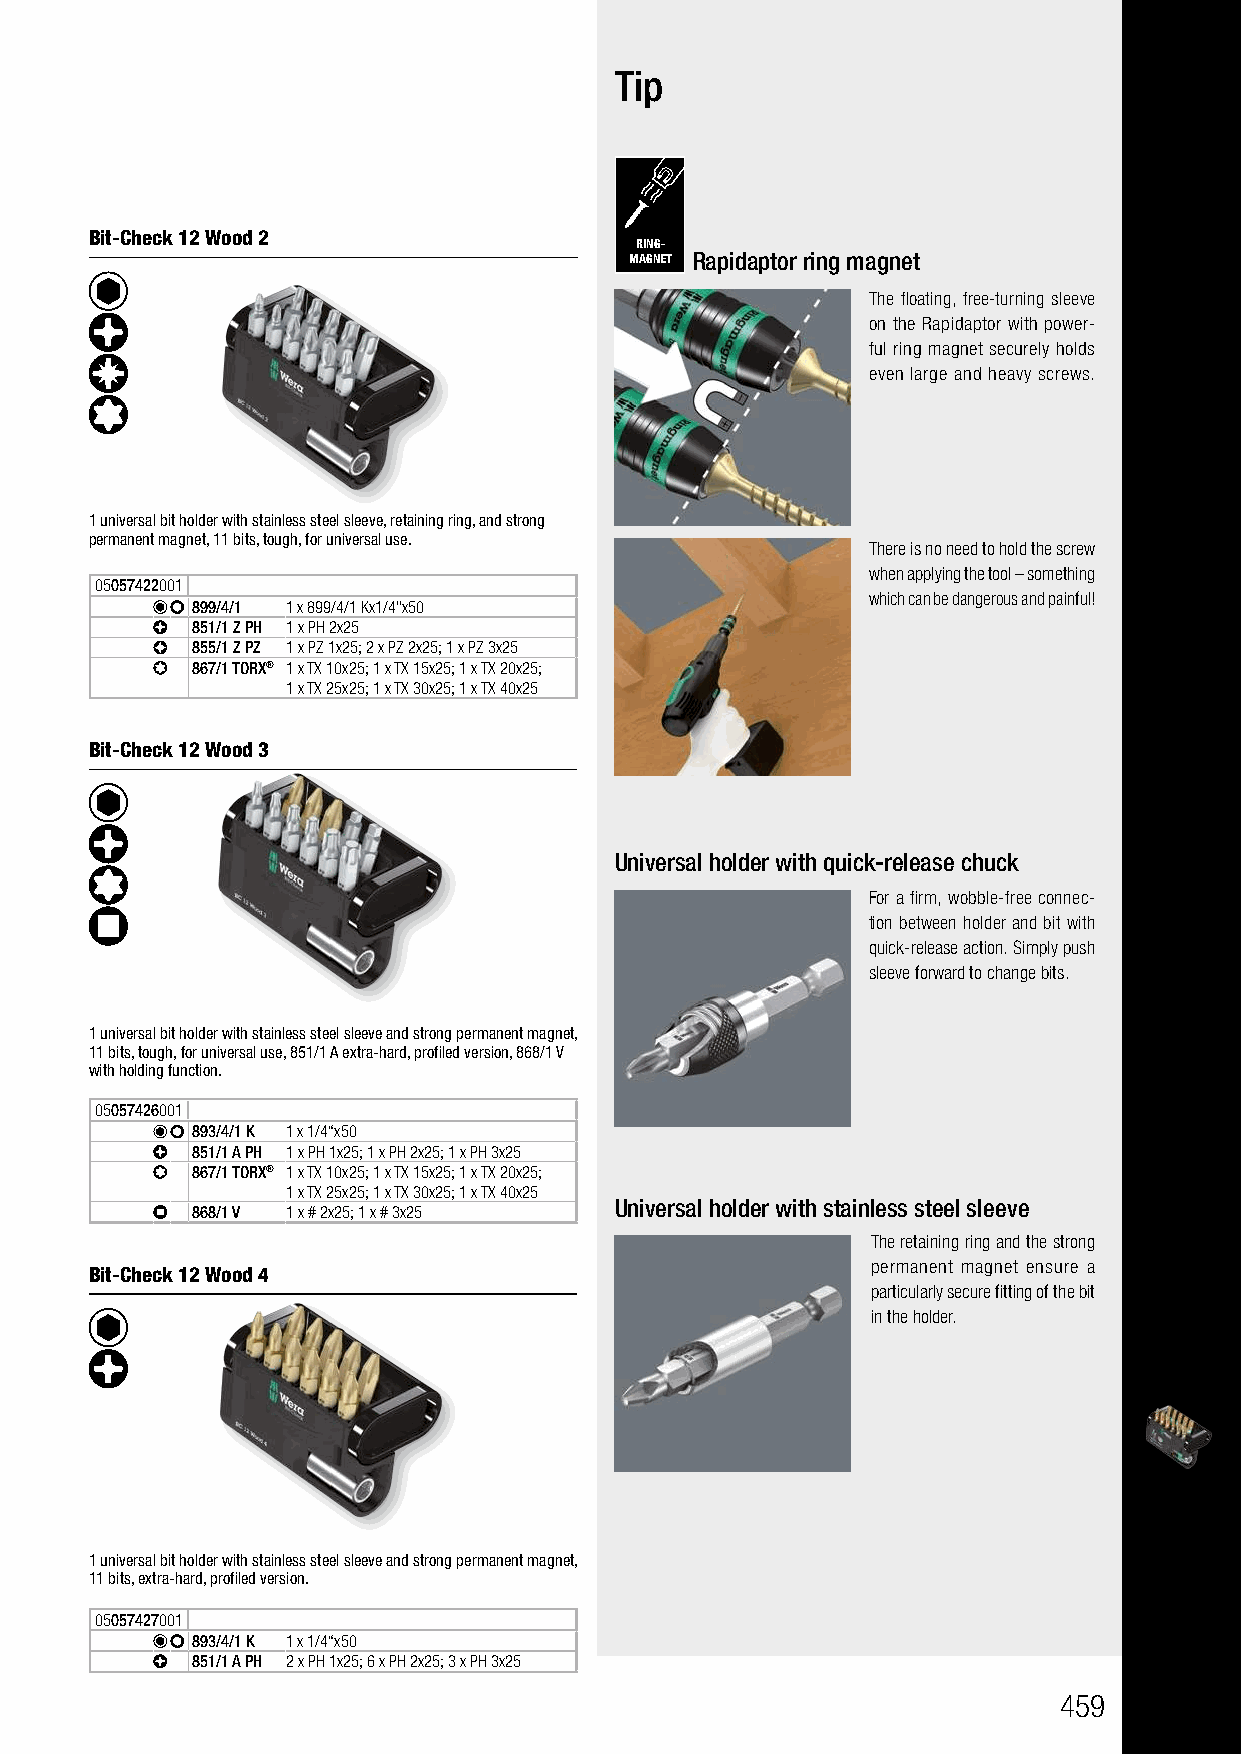
Bit-Checks Wood                          Tip
 For wood applications
 Bit-Check 12 Wood 2
 RING-
 MAGNET Rapidaptor ring magnet
 The floating, free-turning sleeve
 on the Rapidaptor with power-
 ful ring magnet securely holds
 even large and heavy screws.
 1 universal bit holder with stainless steel sleeve, retaining ring, and strong
 permanent magnet, 11 bits, tough, for universal use.
 There is no need to hold the screw
 when applying the tool – something
 05057422001
 which can be dangerous and painful!
 899/4/1 1 x 899/4/1 Kx1/4"x50
 851/1 Z PH 1 x PH 2x25
 855/1 Z PZ 1 x PZ 1x25; 2 x PZ 2x25; 1 x PZ 3x25
 867/1 TORX® 1 x TX 10x25; 1 x TX 15x25; 1 x TX 20x25;
 1 x TX 25x25; 1 x TX 30x25; 1 x TX 40x25
 Bit-Check 12 Wood 3
 Universal holder with quick-release chuck
 For a firm, wobble-free connec-
 tion between holder and bit with
 quick-release action. Simply push
 sleeve forward to change bits.
 1 universal bit holder with stainless steel sleeve and strong permanent magnet,
 11 bits, tough, for universal use, 851/1 A extra-hard, profiled version, 868/1 V
 with holding function.
 05057426001
 893/4/1 K 1 x 1/4“x50
 851/1 A PH 1 x PH 1x25; 1 x PH 2x25; 1 x PH 3x25
 867/1 TORX® 1 x TX 10x25; 1 x TX 15x25; 1 x TX 20x25;
 1 x TX 25x25; 1 x TX 30x25; 1 x TX 40x25
 Universal holder with stainless steel sleeve
 868/1 V 1 x # 2x25; 1 x # 3x25
 The retaining ring and the strong
 permanent magnet ensure a
 Bit-Check 12 Wood 4
 particularly secure fitting of the bit
 in the holder.
 1 universal bit holder with stainless steel sleeve and strong permanent magnet,
 11 bits, extra-hard, profiled version.
 05057427001
 893/4/1 K 1 x 1/4“x50
 851/1 A PH 2 x PH 1x25; 6 x PH 2x25; 3 x PH 3x25
 459